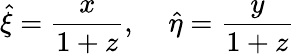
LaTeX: \hat{\xi}=\frac{x}{1+z},\; \; \; \; \hat{\eta}=\frac{y}{1+z}